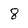
Character: 8